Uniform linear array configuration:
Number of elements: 8
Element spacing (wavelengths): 0.75
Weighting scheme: hann
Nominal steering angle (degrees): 60
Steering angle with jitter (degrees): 61.469
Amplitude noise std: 0.05
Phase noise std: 0.05

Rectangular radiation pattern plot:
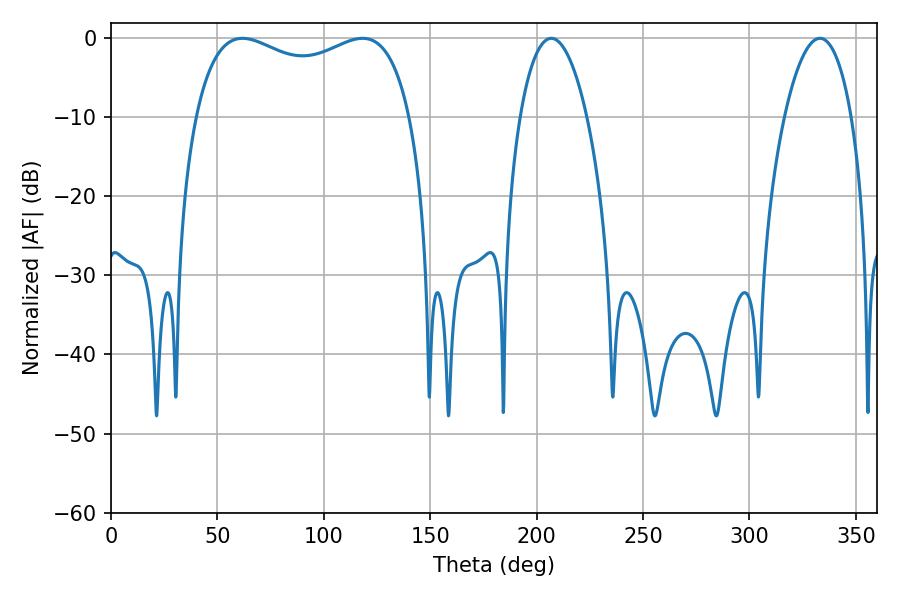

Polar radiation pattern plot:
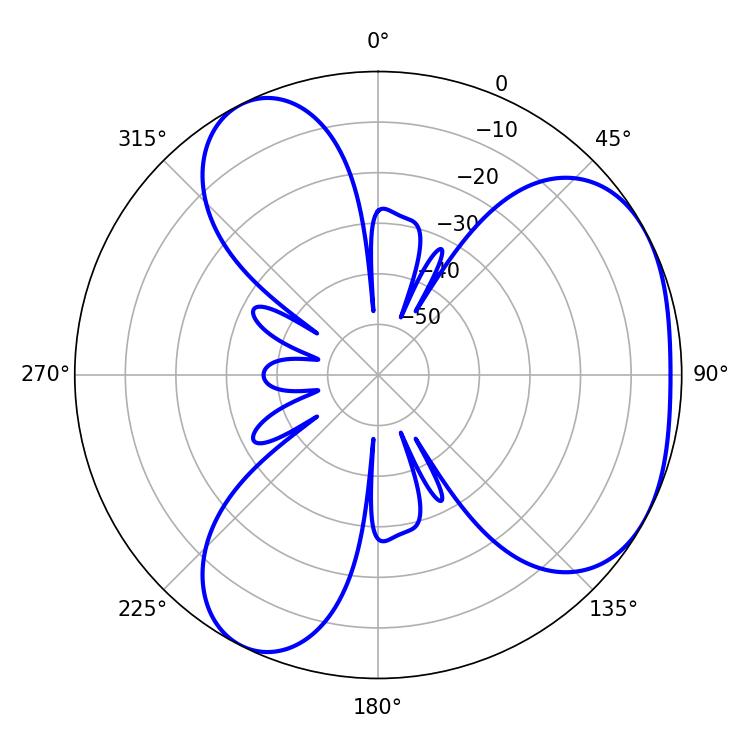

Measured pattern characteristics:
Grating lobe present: TRUE
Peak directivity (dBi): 3.883
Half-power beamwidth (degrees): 83.52
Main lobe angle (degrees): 61.74